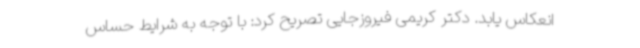
انعکاس یابد. دکتر کریمی فیروزجایی تصریح کرد: با توجه به شرایط حساس